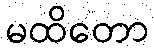
မထိတော